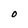
Character: O